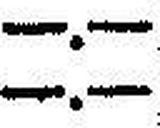
—.—